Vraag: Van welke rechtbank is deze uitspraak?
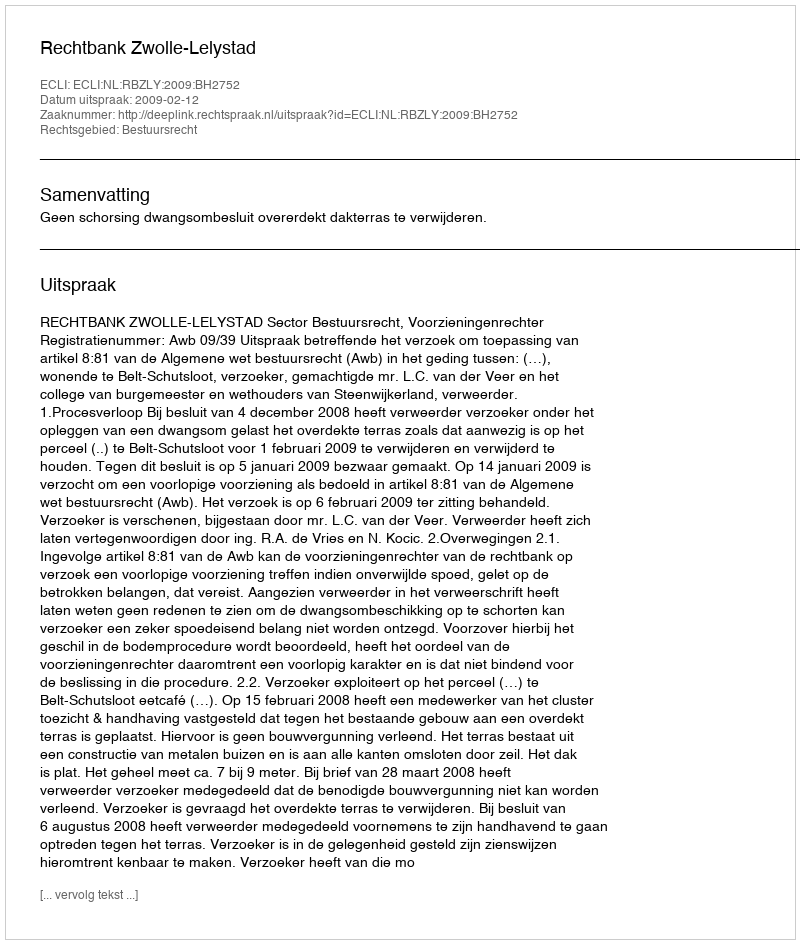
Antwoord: Rechtbank Zwolle-Lelystad